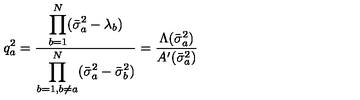
q _ { a } ^ { 2 } = \frac { \displaystyle \prod _ { b = 1 } ^ { N } ( \bar { \sigma } _ { a } ^ { 2 } - \lambda _ { b } ) } { \displaystyle \prod _ { b = 1 , b \neq a } ^ { N } ( \bar { \sigma } _ { a } ^ { 2 } - \bar { \sigma } _ { b } ^ { 2 } ) } = \frac { \Lambda ( \bar { \sigma } _ { a } ^ { 2 } ) } { A ^ { \prime } ( \bar { \sigma } _ { a } ^ { 2 } ) }